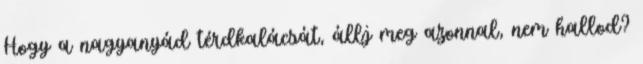
Hogy a nagyanyád térdkalácsát, állj meg azonnal, nem hallod?